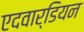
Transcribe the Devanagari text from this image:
एदवार्डियन